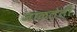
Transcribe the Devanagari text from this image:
जाळलेली